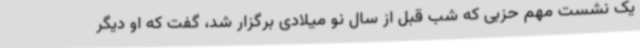
یک نشست مهم حزبی که شب قبل از سال نو میلادی برگزار شد، گفت که او دیگر